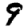
Digit: 9